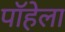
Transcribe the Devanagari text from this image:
पॉहेला